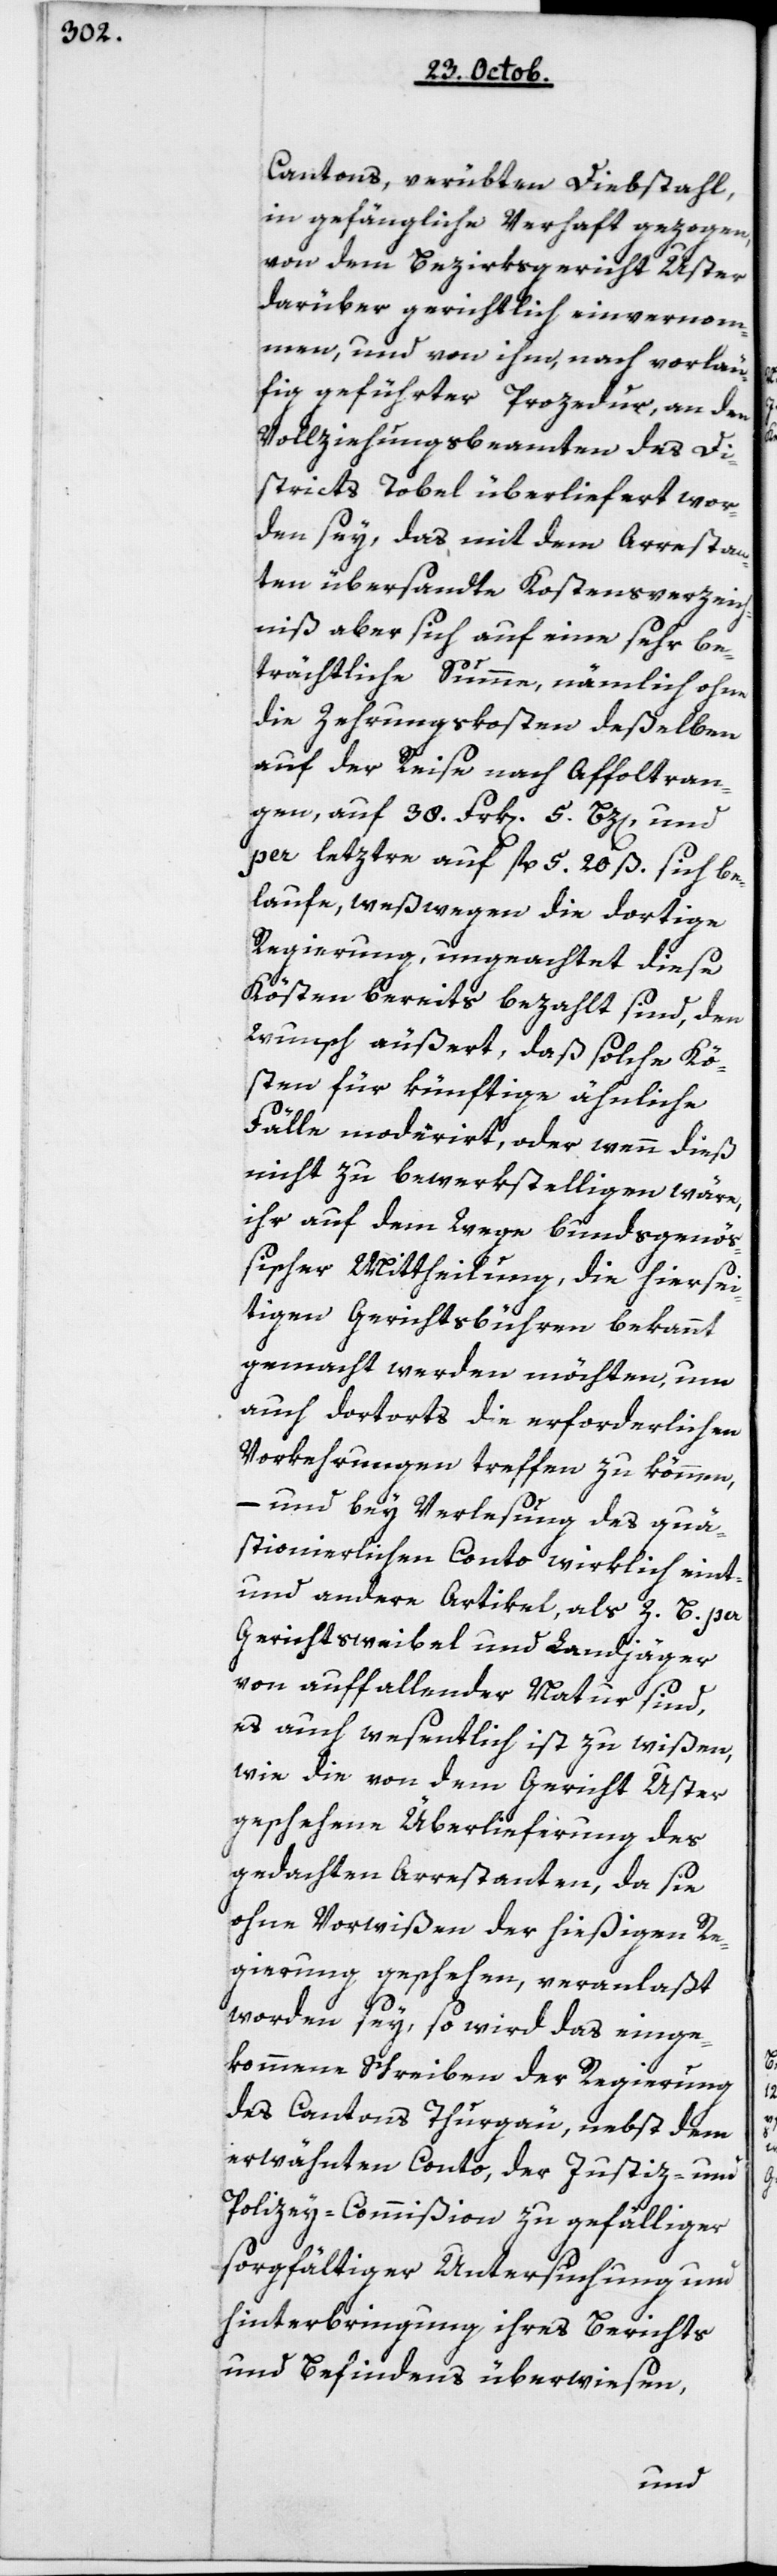
Cantons, verübten Diebstahl,
in gefängliche Verhaft gezogen,
von dem Bezirksgericht Uster
darüber gerichtlich einvernom¬
men, und von ihm, nach vorläu¬
fig geführter Prozedur, an den
Vollziehungsbeamten des Di¬
stricts Tobel überliefert wor¬
den sey, das, mit dem Arrestan¬
ten übersandte Kostensverzeich¬
nis aber sich auf eine sehr be¬
trächtliche Summe, nämlich ohne
die Zehrungskosten deßelben
auf der Reise nach Affoltran¬
gen, auf 38 Frk[en] 5 Bz[en] und
per Leztre auf 5 fl. 20 ß sich be¬
laufe, weßwegen die dortige
Regierung, ungeachtet diese
Kösten bereits bezahlt sind, den
Wunsch äußert, daß solche Kö¬
sten für künftige ähnliche
Fälle moderiert, oder wenn dieß
nicht zu bewerkstelligen wäre,
ihr auf dem Wege bundesgenöß¬
ischer Mittheilung, die hiersei¬
tigen Gerichtsgebühren bekannt
gemacht werden möchten, um
auch dortseits die erforderlichen
Vorkehrungen treffen zu können,
– und bey Verlesung des quä¬
stionierlichen Conto wirklich eint
und andere Artikel, als z. B. per
Gerichtsweibel und Landjäger
von auffallender Natur sind,
es auch wesentlich ist zu wißen,
wie die von dem Gericht Uster
geschehene Überlieferung des
gedachten Arrestanten, da sie
ohne Vorwißen der hießigen Re¬
gierung geschehen, veranlaßt
worden sey, so wird das einge¬
kommene Schreiben der Regierung
des Cantons Thurgau, nebst dem
erwähnten Conto, der Justiz- und
Policey-Commißion zu gefälliger
sorgfältiger Untersuchung und
Hinterbringung ihres Berichts
und Befindens überwiesen,